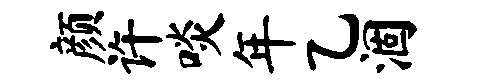
颜许啖年乙涸